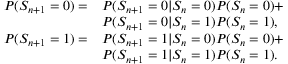
\begin{array} { r l } { P ( S _ { n + 1 } = 0 ) = } & { P ( S _ { n + 1 } = 0 | S _ { n } = 0 ) P ( S _ { n } = 0 ) + } \\ & { P ( S _ { n + 1 } = 0 | S _ { n } = 1 ) P ( S _ { n } = 1 ) , } \\ { P ( S _ { n + 1 } = 1 ) = } & { P ( S _ { n + 1 } = 1 | S _ { n } = 0 ) P ( S _ { n } = 0 ) + } \\ & { P ( S _ { n + 1 } = 1 | S _ { n } = 1 ) P ( S _ { n } = 1 ) . } \end{array}